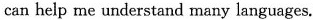
can help me understand many languages.